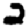
Digit: 2